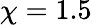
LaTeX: \chi=1.5